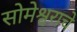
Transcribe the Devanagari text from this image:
सोमेश्वराचे